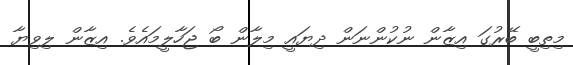
މިތިބީ ބޭރުގަ އިޒާން ނުކުންނަން ދިޔައީ މިލާން ބޯ ޖަހާލީމައެވެ. އިޒާން ލިވިޔާ